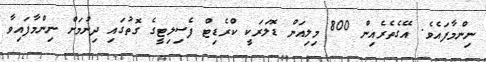
ނިންމާފައެވެ. އޭގެތެރެއިން 800 މިލިއަން ޑޮލަރަކީ ކްރެޑިޓް ފެސިލިޓީގެ ގޮތުގައި ދިނުމަށް ނިންމާފައިވާ